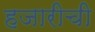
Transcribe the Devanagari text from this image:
हजारीची